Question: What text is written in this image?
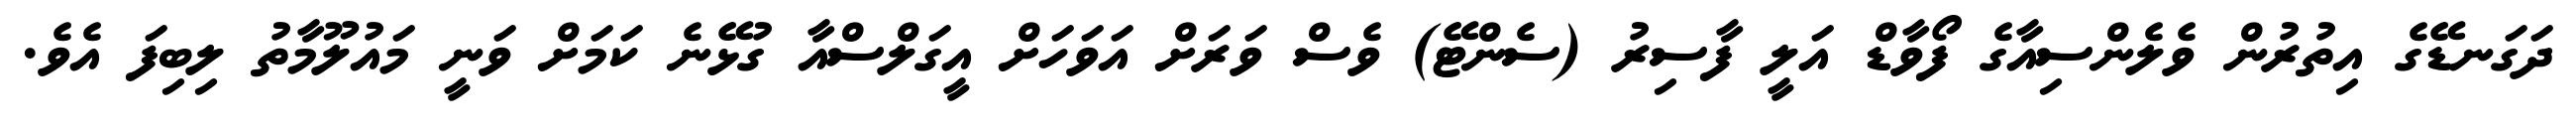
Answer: ދަގަނޑޭގެ އިތުރުން ވެލެންސިއާގެ ފޯވާޑް އަލީ ފާސިރު (ސެންޓޭ) ވެސް ވަރަށް އަވަހަށް އީގަލްސްއާ ގުޅޭނެ ކަމަށް ވަނީ މައުލޫމާތު ލިބިފަ އެވެ.